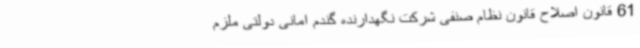
61 قانون اصلاح قانون نظام صنفی شرکت نگهدارنده گندم امانی دولتی ملزم